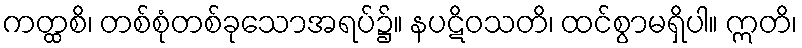
ကတ္ထစိ၊ တစ်စုံတစ်ခုသောအရပ်၌။ နပဋိဝသတိ၊ ထင်စွာမရှိပါ။ ဣတိ၊